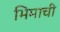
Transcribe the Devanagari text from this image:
भिमाची